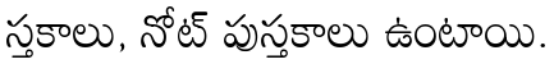
స్తకాలు, నోట్ పుస్తకాలు ఉంటాయి.